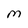
Character: M